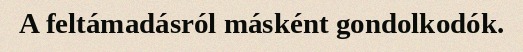
A feltámadásról másként gondolkodók.